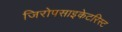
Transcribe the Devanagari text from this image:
जिरोपसाइकेटरिस्ट